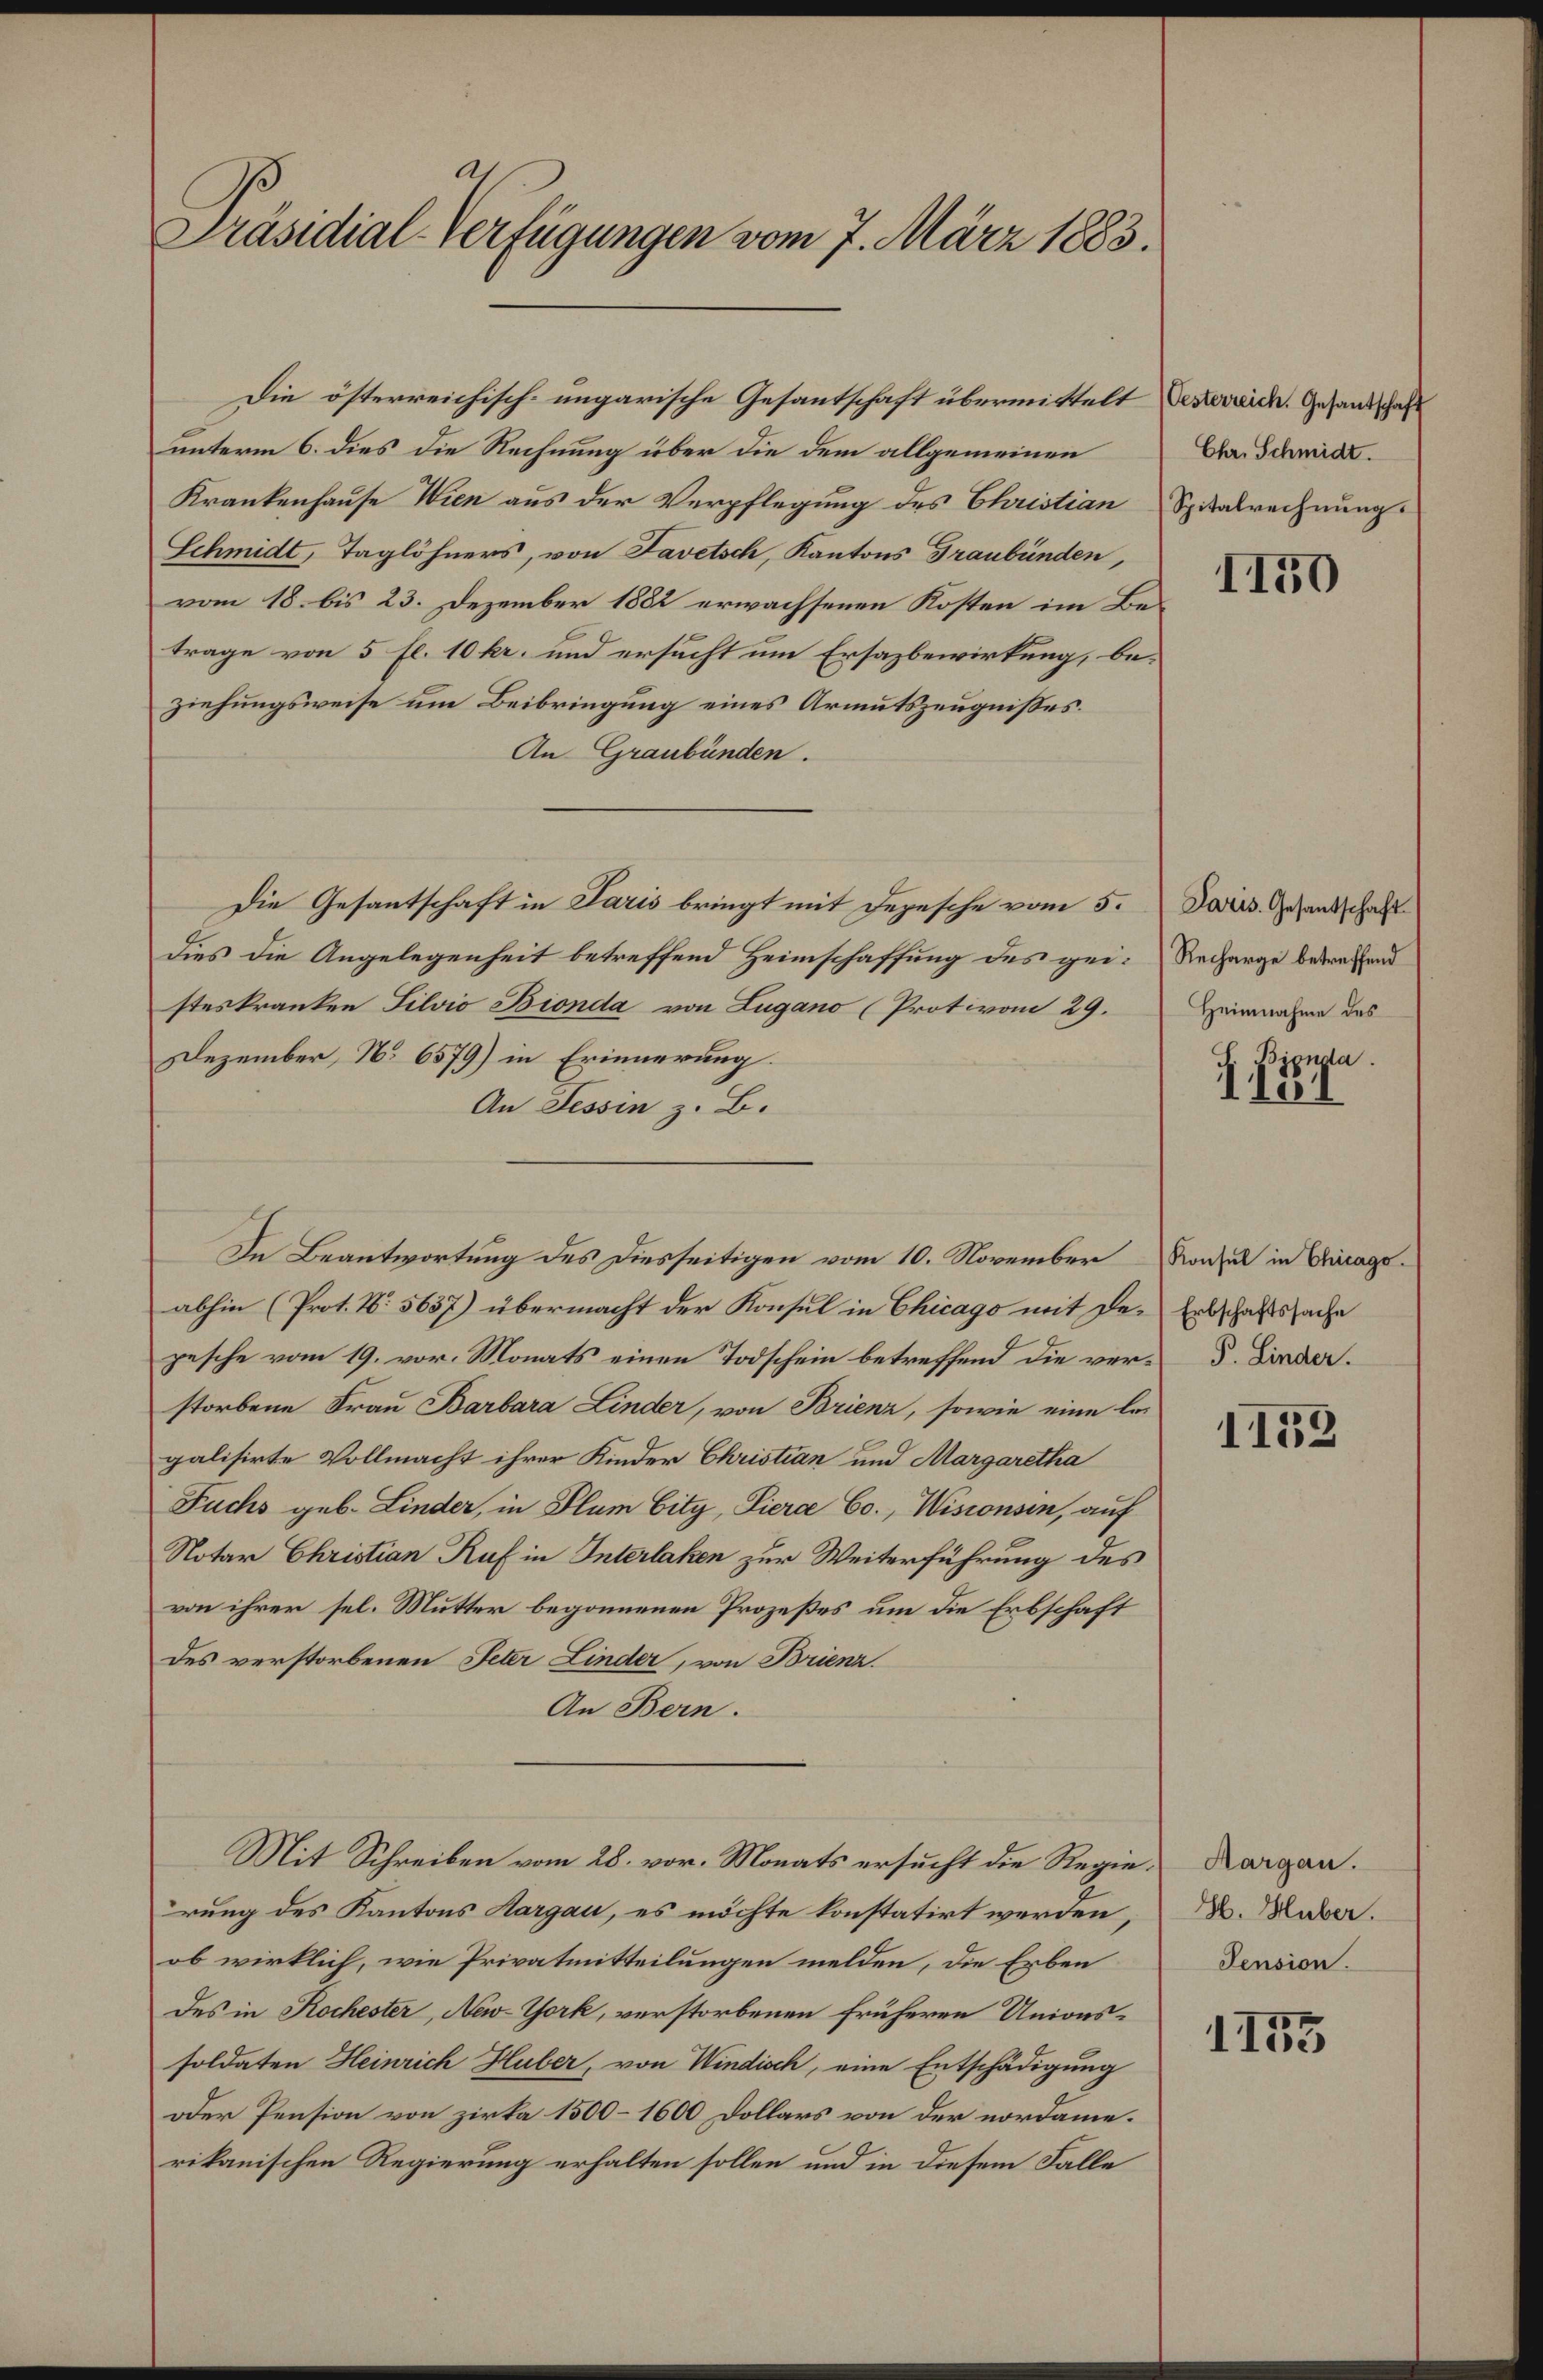
A
Präsidial-Verfügungen vom 7. März 1883.

unterm 6. dies die Rechnung über die dem allgemeinen
Krankenhause Wien aus der Verpflegung des Christian
Schmidt, Taglöhners, von Favetsch, Kantons Graubünden,
vom 18. bis 23. Dezember 1882 erwachsenen Kosten im Betrage von 5 fl. 10 kr. und ersucht um Ersazbewirkung, beziehungsweise um Beibringung eines Armutszeugnißes.
An Graubünden.
Die Gesantschaft in Paris bringt mit Depesche vom 5.
Dies die Angelegenheit betreffend Heimschaffung des geisteskranken Silvio Bionda von Lugano (Prot vom 29.
Dezember, No 6579) in Erinnerung.
An Tessin z. B.
Ie Beantwortung des Diesseitigen vom 10. November
abhin (Prot. N. 5637) übermacht der Konsul in Chicago mit der Erbschaftssache
pesche vom 19. vor. Monats einen Todschein betreffend die verd. Linderstorbene Frau Barbara Linder, von Brienz, sowie eine leigalisirte Vollmacht ihrer Kinder Christian und Margaretha
Fuchs geb. Linder, in Plum City, Tiera Co., Wisionsen, auf
Notar Christian Ruf in Interlaken zur Weiterführung des
von ihrer sel. Mutter begonnenen Prozeßes um die Erbschaft
des verstorbenen Peter Linder, von Brienz.
An Bern.
Mit Schreiben vom 28. vor. Monats ersucht die Regierung des Kantons Aargau, es möchte konstatirt werden,
ob wirklich, wie Privatmitteilungen melden, die Erben
des in Kochester, New-York, verstorbenen früheren Unionssoldaten Heinrich Huber, von Windisch, eine Entschädigung
oder Pension von zirka 1500–1600 Dollars von der nordame.
rikanischen Regierung erhalten sollen und in diesem Falle

Die österreichisch-ungarische Gesantschaft übermittelt desserrich. Gesandschaft

Ehr. Schmidt.
Spitalrechnung.

1150

Paris. Gesantschaft
Recharge betreffend
Heimnahme des

. Fina

Konsul in Chicago.

1152

Aargau.
H. Huber.
Pension.

1155